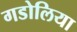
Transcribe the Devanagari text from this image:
गडोलिया